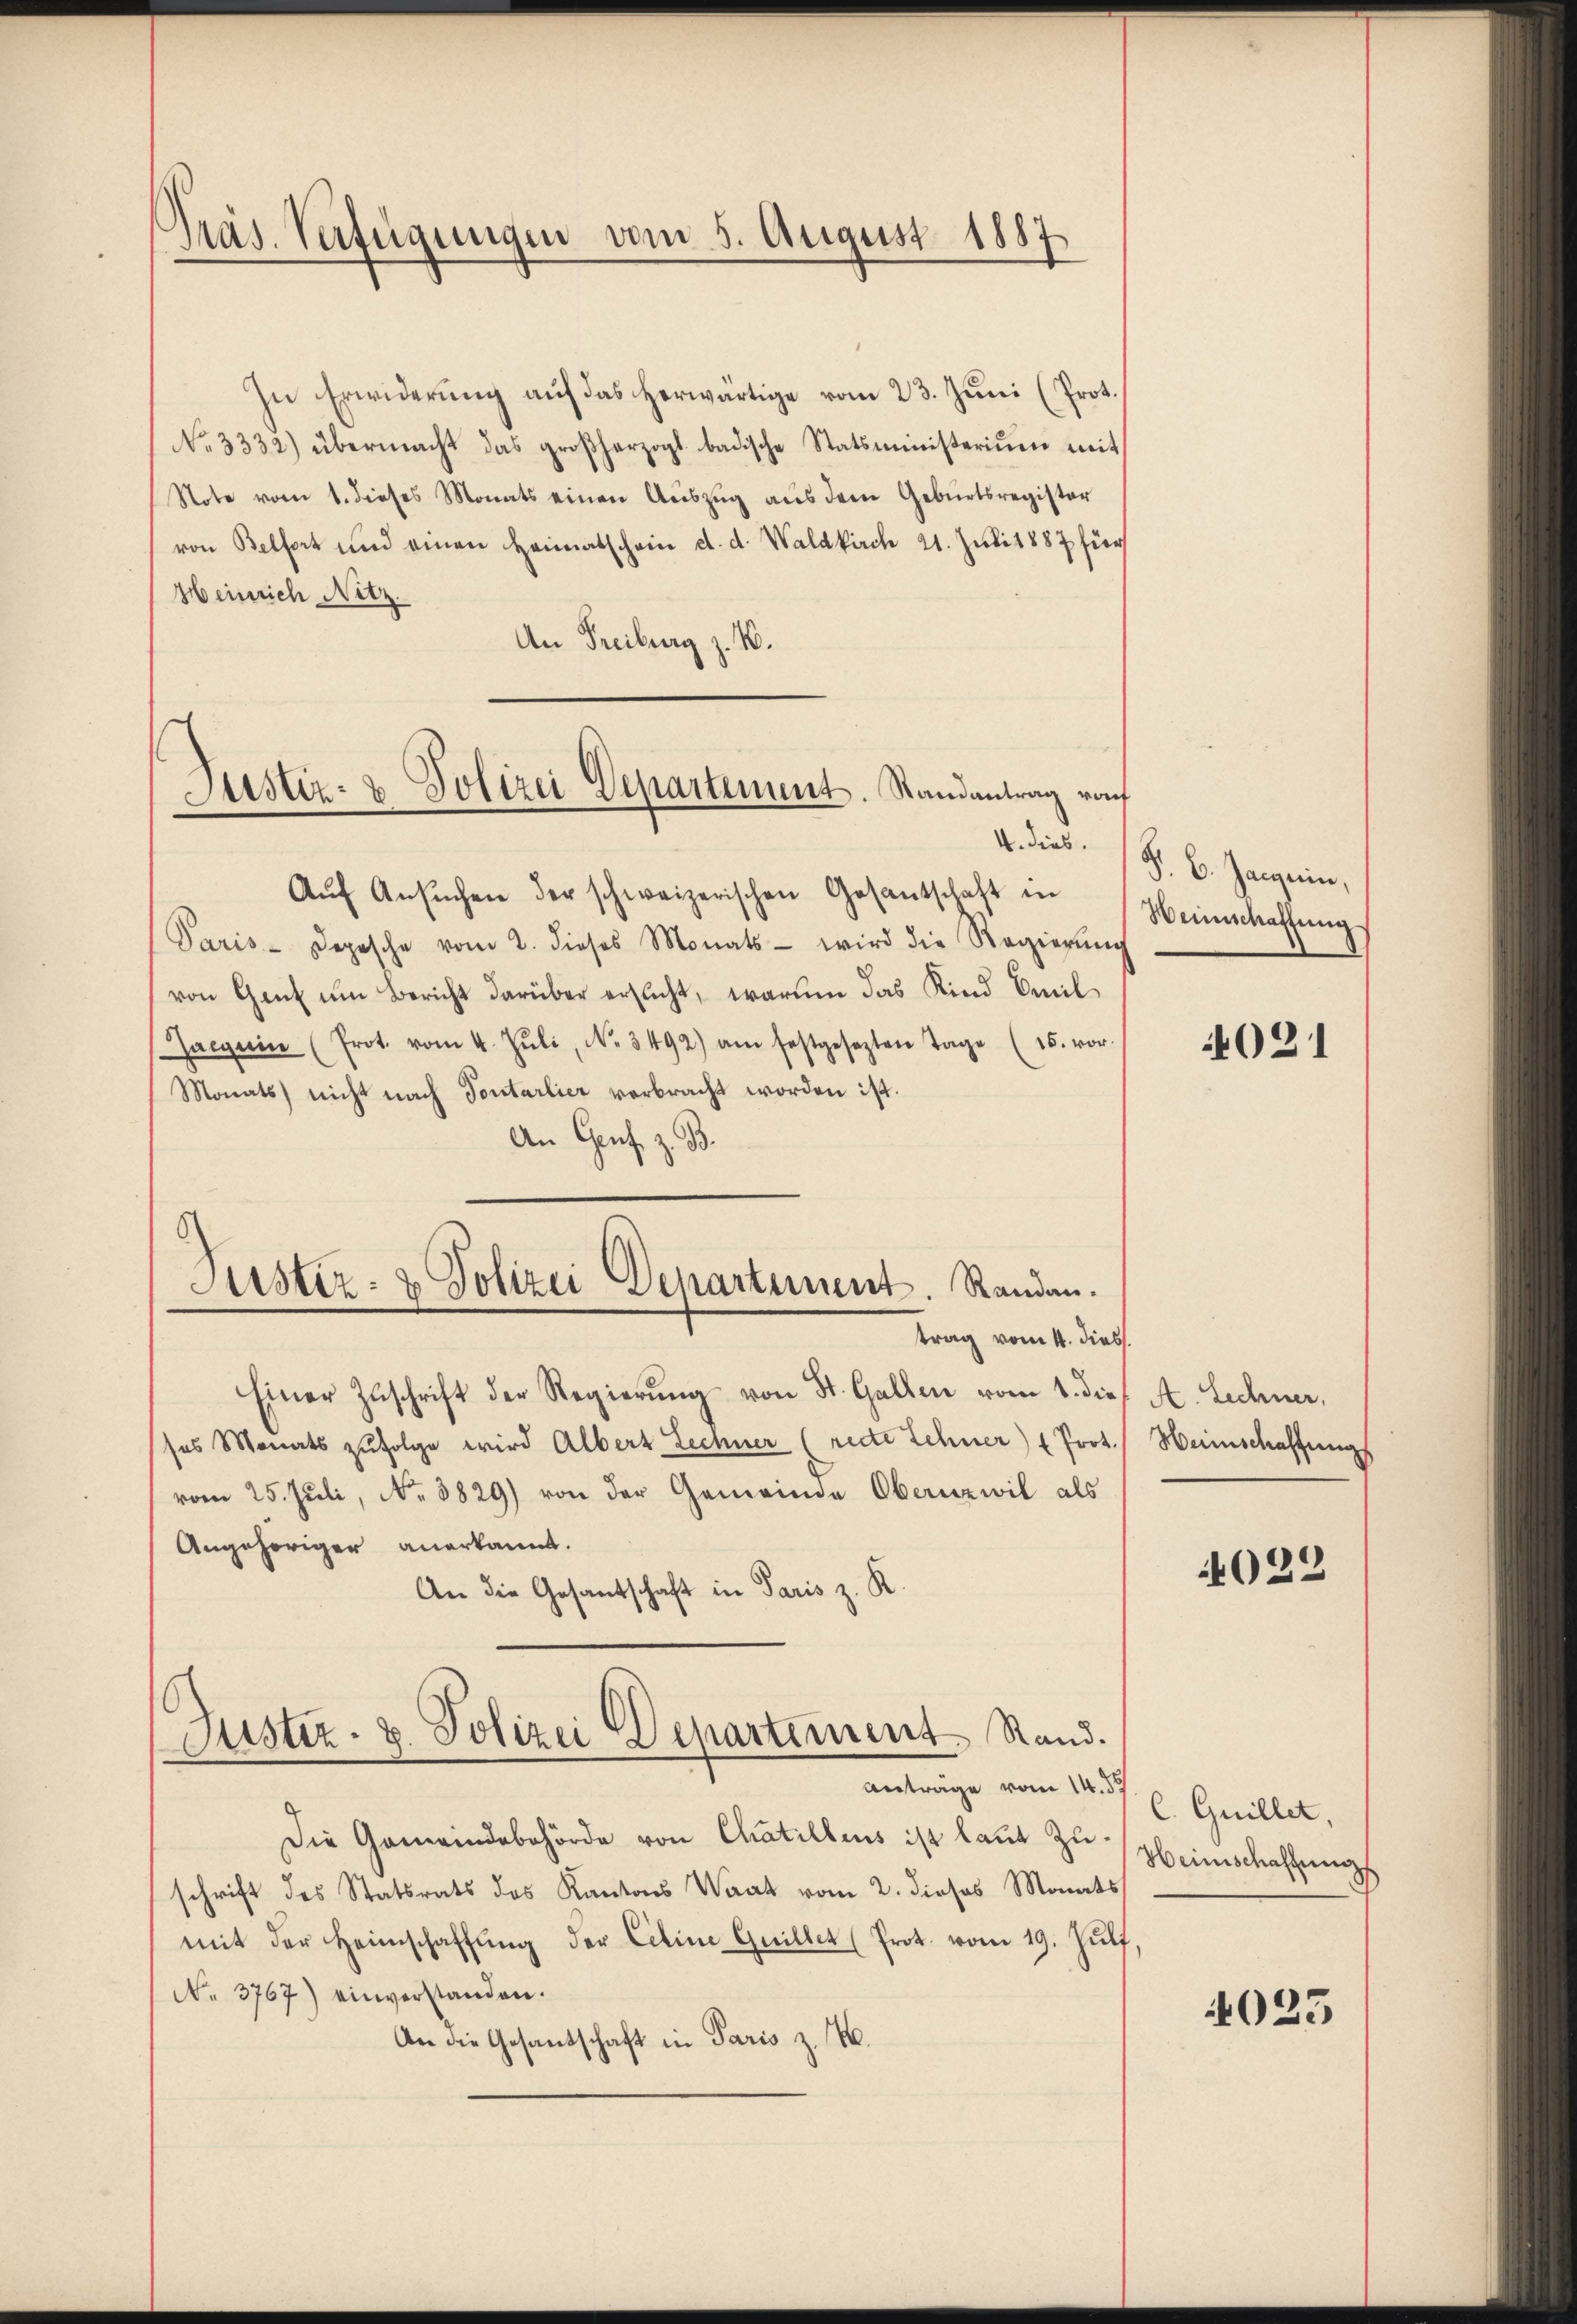
Präs. Verfügungen vom 5. August 1887

In Erwiderung auf das herwärtige vom 23. Juni (Prot.
No 3332) übermacht das großherzogt badische Statsministerium mit
Note vom 1. dieses Monats einen Aŭszŭg aŭs dem Gebŭrtsregister
von Belfort und einen Heimatschein d. d. Waldkirch 21. Juli 1887 für
Heinrich Nitz.
An Freiburg z. B.

Justiz- & Polizei Departement. Randantrag rach

Justiz- & Polizei Departement. Randen.
trag vom 4. dies

4. dies.
Aŭf Ansŭchen der schweizerischen Gesantschaft in
Paris Depesche vom 2. dieses Monats wird die Regierŭng
von Gant um Bericht darüber ersucht, warum das Kind Emil¬
Gaegerin (Prot. vom 4. Jŭli, No. 3492) am festgesezten Tage (15. vor.
Monats nicht nach Tontarlier verbracht worden ist.
An Genf z. B.
Einer Zŭschrift der Regierŭng von St. Gallen vom 1. die
ses Monats zŭfolge wird Albert Lechner (recte Sehner) " Prot.
vom 25. Juli, No. 3829) von der Gemeinde Obernzwil als
Angehöriger anerkannt.
An die Gesantschaft in Paris z. R.
Justiz- & Polizei Departement Stand.
Anträge vom 14. d.
Die Gemeindebehörde von Chatillens ist laut Zuschrift des Statsrats des Kantons Wart vom 2. dieses Monats
mit der Heimschaffŭng der Cetine Guillet (Prot. vom 19. Jŭli
No. 3767) einverstanden.
An die Gesandschaft in Paris z. B.

§. 6. Janein,
Weinschaffung

4021

A. Lechner,
Weinschaffungs

4022

C. Guillet,
Heimschaffung

4025